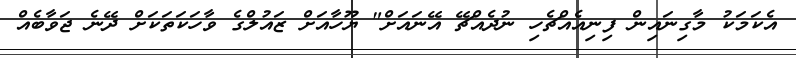
އެކަމަކު މާގިނައިން ފިނިއެއްޗެހި ނުދެއްޗޭ އޭނައަށް" ޔޫހާއަށް ޒައުލްގެ ވާހަކަތަކަށް ދޭނެ ޖަވާބެއް